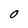
Character: O